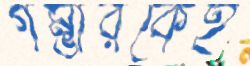
গম্ভীরকেই